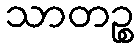
သာတဉ္စ